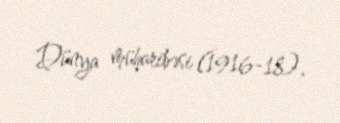
Dünya müharibəsi (1916-18).